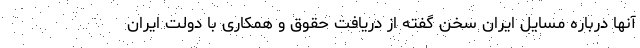
آنها درباره مسایل ایران سخن گفته از دریافت حقوق و همکاری با دولت ایران